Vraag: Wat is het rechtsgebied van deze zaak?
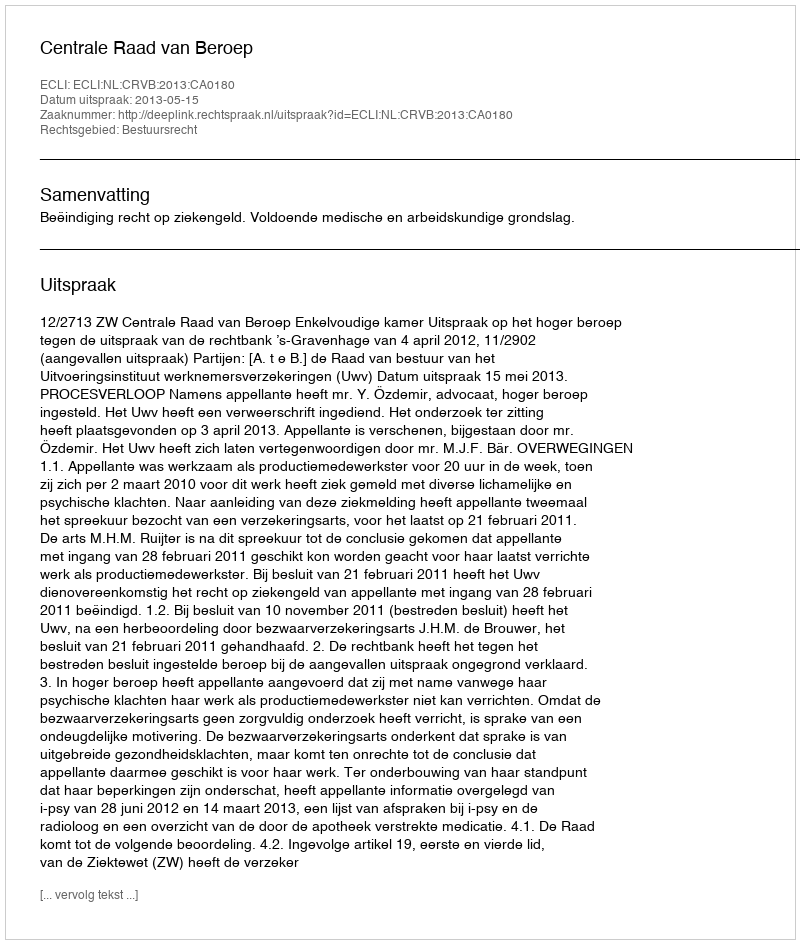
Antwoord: Bestuursrecht